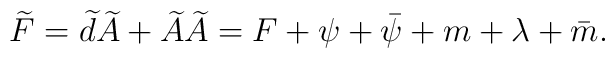
\widetilde{F}=  \widetilde{d} \widetilde{A} + \widetilde{A} \widetilde{A}  = F + \psi + \bar{\psi} + m + \lambda + \bar{m} .